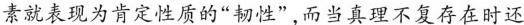
素就表现为肯定性质的“韧性”,而当真理不复存在时还